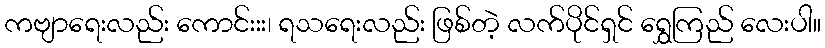
ကဗျာရေးလည်း ကောင်းးး၊ ရသရေးလည်း ဖြစ်တဲ့ လက်ပိုင်ရှင် ရွှေကြည် လေးပါ။